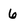
Character: 6